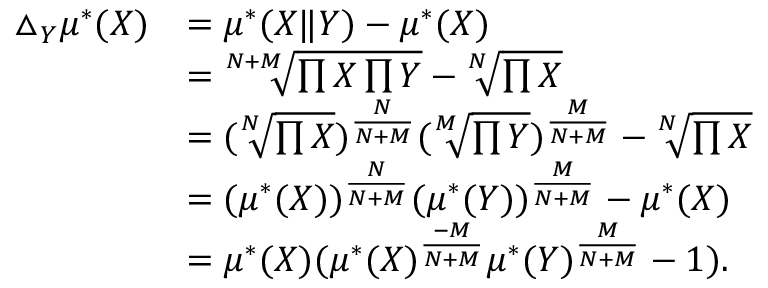
\begin{array} { r l } { \triangle _ { Y } \mu ^ { * } ( X ) } & { = \mu ^ { * } ( X \| Y ) - \mu ^ { * } ( X ) } \\ & { = \sqrt [ N + M ] { \prod X \prod Y } - \sqrt [ N ] { \prod X } } \\ & { = ( \sqrt [ N ] { \prod X } ) ^ { \frac { N } { N + M } } ( \sqrt [ M ] { \prod Y } ) ^ { \frac { M } { N + M } } - \sqrt [ N ] { \prod X } } \\ & { = ( \mu ^ { * } ( X ) ) ^ { \frac { N } { N + M } } ( \mu ^ { * } ( Y ) ) ^ { \frac { M } { N + M } } - \mu ^ { * } ( X ) } \\ & { = \mu ^ { * } ( X ) ( \mu ^ { * } ( X ) ^ { \frac { - M } { N + M } } \mu ^ { * } ( Y ) ^ { \frac { M } { N + M } } - 1 ) . } \end{array}